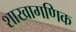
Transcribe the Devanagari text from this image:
शाखागणिक